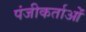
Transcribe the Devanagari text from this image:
पंजीकर्ताओं